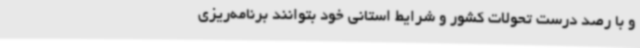
و با رصد درست تحولات کشور و شرایط استانی خود بتوانند برنامه‌ریزی